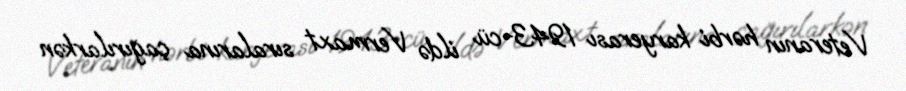
Veteranın hərbi karyerası 1943-cü ildə Vermaxt sıralarına çağırılarkən